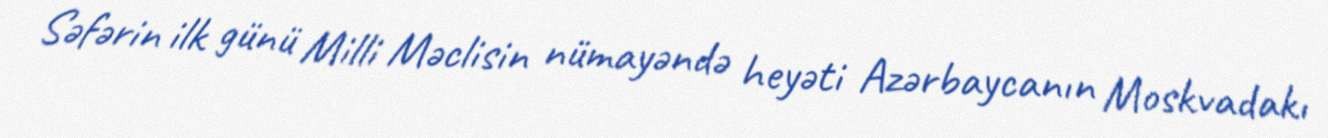
Səfərin ilk günü Milli Məclisin nümayəndə heyəti Azərbaycanın Moskvadakı